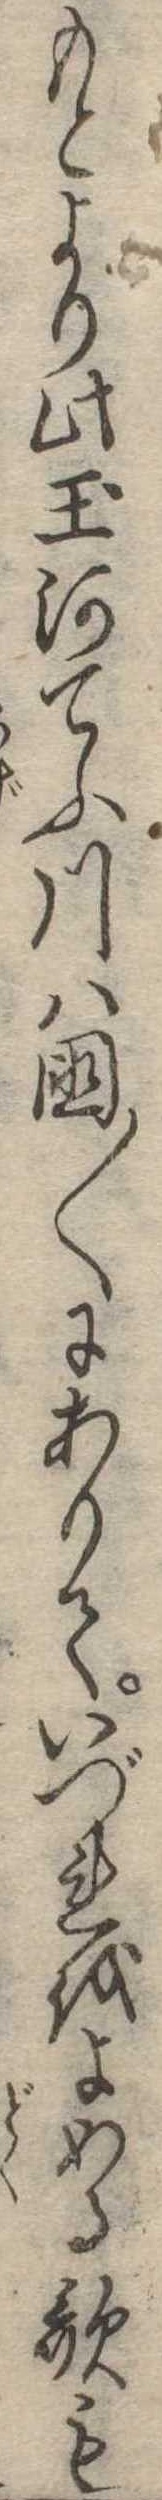
もとより此玉河てふ川は国〱にありていづれをよめる歌も